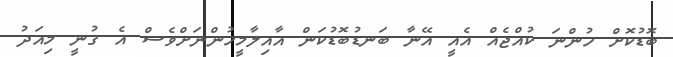
ބޮޑުކޮށް ހުންނަ ކުއްޖެއް އެއީ އޭނާ ބަނޑުބޮޑުކަން އާއިލާމީހުންނަށްވެސް އެ ގުނީ މިއަދު